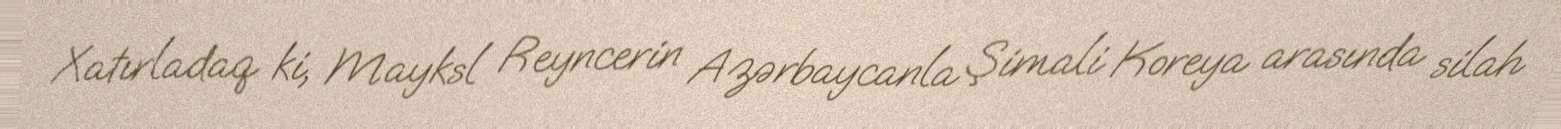
Xatırladaq ki, Mayksl Reyncerin Azərbaycanla Şimali Koreya arasında silah